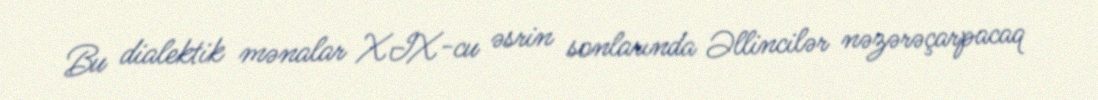
Bu dialektik mənalar XIX-cu əsrin sonlarında Əllincilər nəzərəçarpacaq